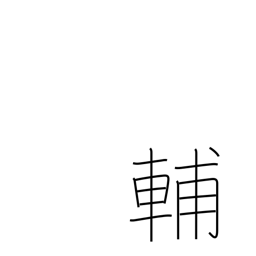
Meaning: help